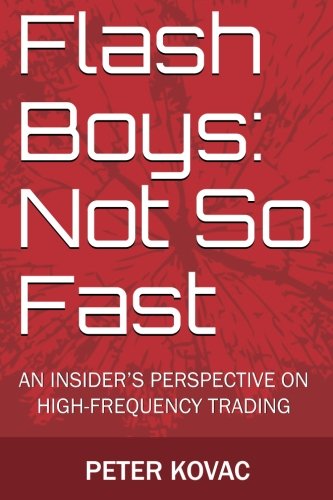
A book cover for Flash Boys: Not So Fast: An Insider's Perspective on High-Frequency Trading; Peter Kovac; Business & Money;